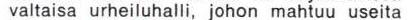
valtaisa urheiluhalli, johon mahtuu useita